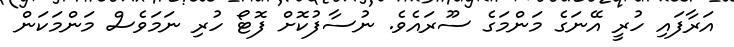
އަރާފައި ހުރީ އޭނަގެ މަންމަގެ ސޫރައެވެ. ނުސާފުކޮށް ފޮޓޯ ހުރި ނަމަވެސް މަންމަކަން